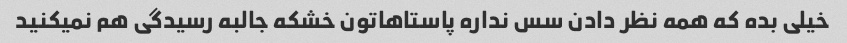
خیلی بده که همه نظر دادن سس نداره پاستاهاتون خشکه جالبه رسیدگی هم نمیکنید